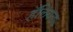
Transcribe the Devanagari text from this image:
हॅलियल